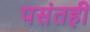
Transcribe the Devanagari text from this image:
पसंतही